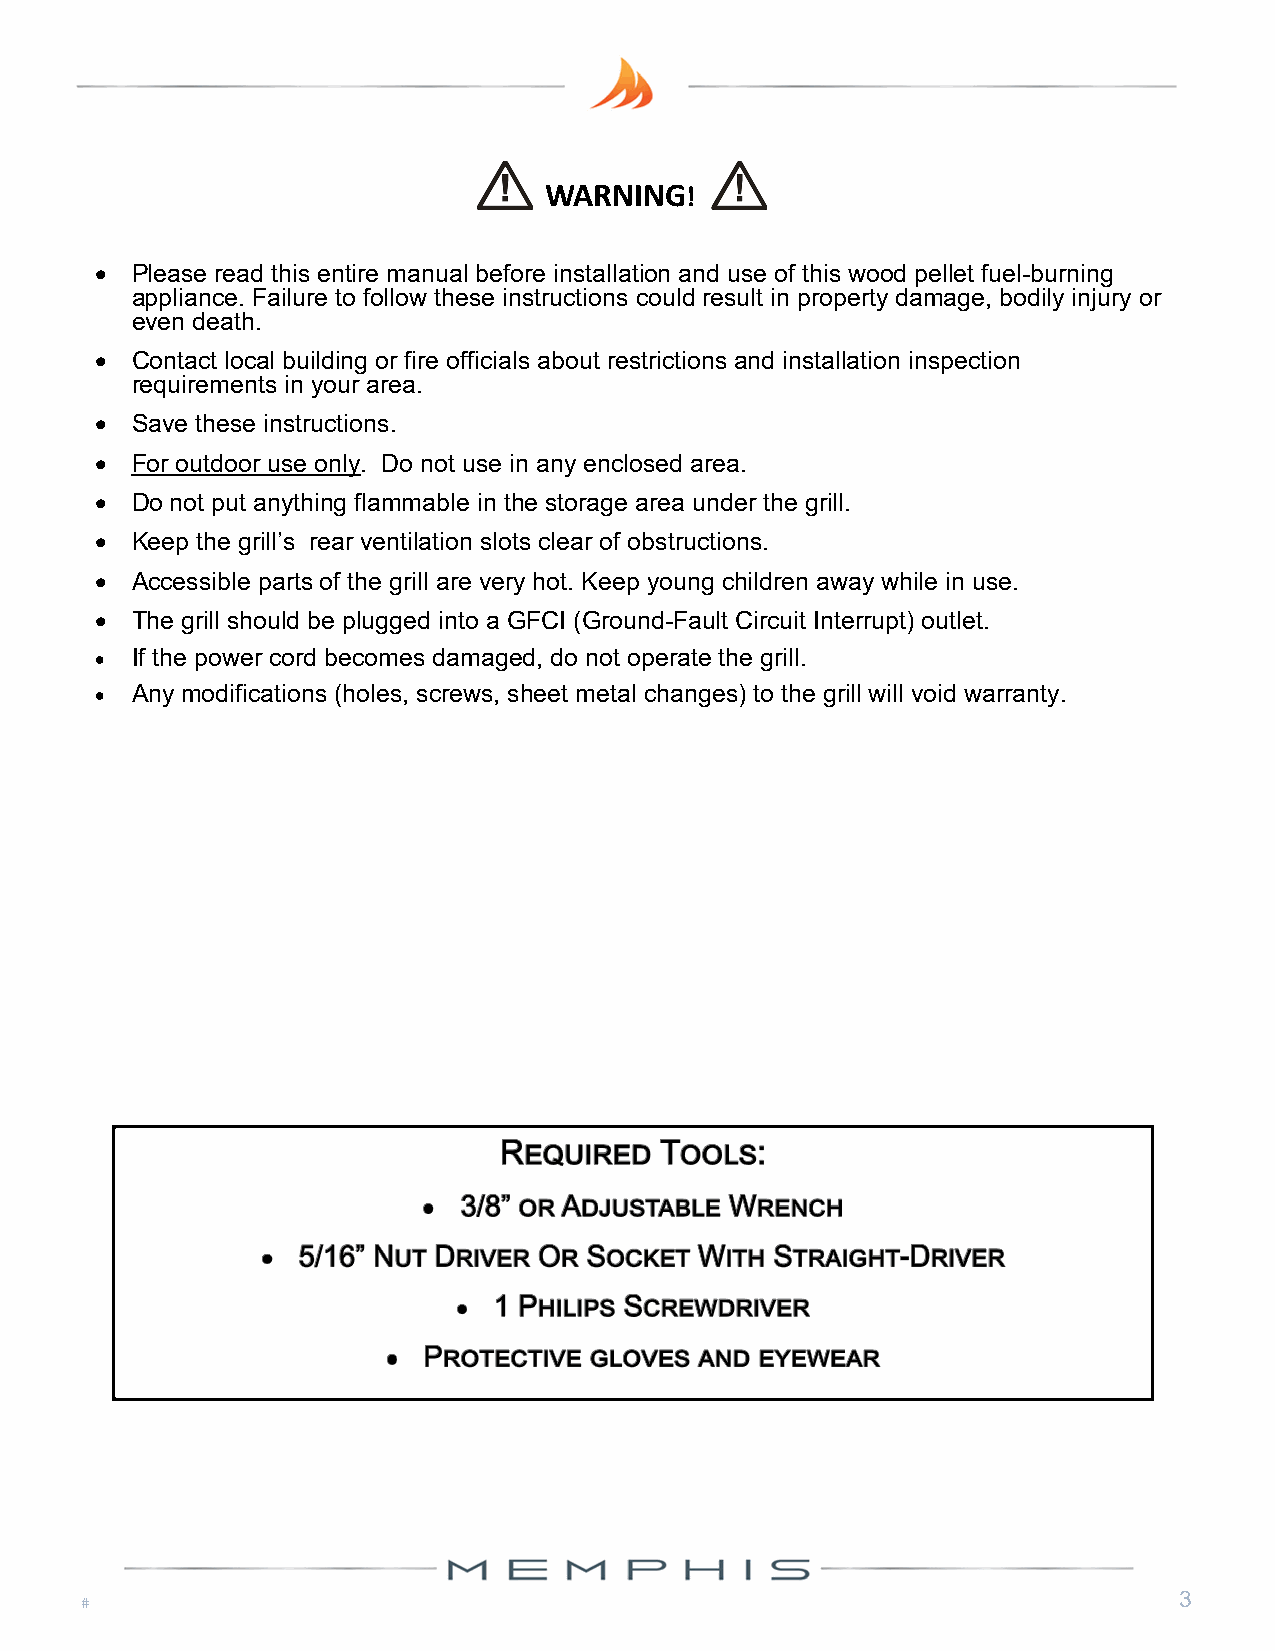
WARNING!
  Please read this entire manual before installation and use of this wood pellet fuel-burning
 appliance. Failure to follow these instructions could result in property damage, bodily injury or
 even death.
  Contact local building or fire officials about restrictions and installation inspection
 requirements in your area.
  Save these instructions.
  For outdoor use only. Do not use in any enclosed area.
  Do not put anything flammable in the storage area under the grill.
  Keep the grill’s rear ventilation slots clear of obstructions.
  Accessible parts of the grill are very hot. Keep young children away while in use.
  The grill should be plugged into a GFCI (Ground-Fault Circuit Interrupt) outlet.
  If the power cord becomes damaged, do not operate the grill.
  Any modifications (holes, screws, sheet metal changes) to the grill will void warranty.
 3